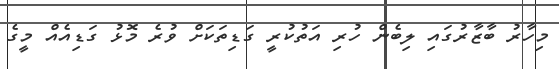
މިހާރު ބާޒާރުގައި ލިބެން ހުރި އަތުކުރީ ގަޑިތަކަށް ވުރެ މޮޅު ގަޑިއެއް މީގެ